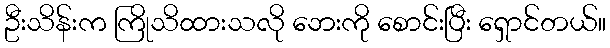
ဦးသိန်းက ကြိုသိထားသလို ဘေးကို စောင်းပြီး ရှောင်တယ်။